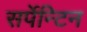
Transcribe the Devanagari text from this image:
सर्पेन्टिन